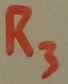
Text: R3